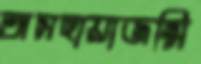
অসহায়াজন্মি